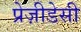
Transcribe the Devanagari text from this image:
प्रेज़ीडेसी